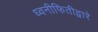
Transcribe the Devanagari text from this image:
ध्वनीफितीद्वारे